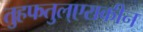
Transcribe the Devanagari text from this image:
तुहफतुल्एराकीन